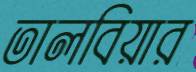
তালবিয়ার